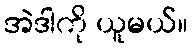
အဲဒါကို ယူမယ်။